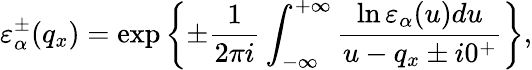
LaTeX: \varepsilon_{\alpha}^{\pm}(q_{x})=\exp\left\{ \pm\frac{1}{2\pi i}\int_{-\infty}^{+\infty}{\frac{\ln\varepsilon_{\alpha}(u)du}{u-q_{x}\pm i0^{+}}}\right\} ,